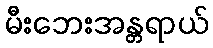
မီးဘေးအန္တရာယ်